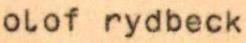
olof rydbeck